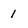
Character: 1